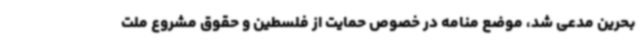
بحرین مدعی شد، موضع منامه در خصوص حمایت از فلسطین و حقوق مشروع ملت